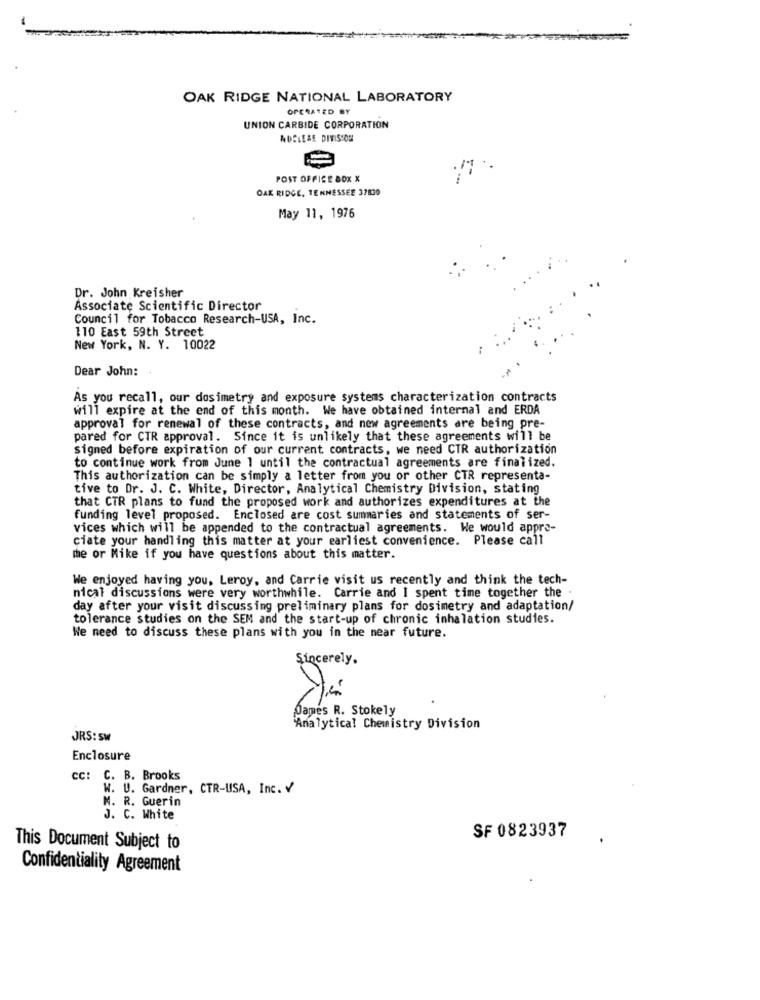
OAK RIDGE NATIONAL LABORATORY
OPERATED BY
UNION CARBIDE CORPORATION
NUCLEAR DIVISION
POST OFFICE BOX X
OAK RIDGE, TENNESSEE 37830
May 11, 1976
Dr. John Kreisher
Associate Scientific Director
Council for Tobacco Research-USA, Inc.
110 East 59th Street
New York, N. Y. 10022
Dear John:
As you recall, our dosimetry and exposure systems characterization contracts
will expire at the end of this month. We have obtained internal and ERDA
approval for renewal of these contracts, and new agreements are being pre-
pared for CTR approval. Since it is unlikely that these agreements will be
signed before expiration of our current contracts, we need CTR authorization
to continue work from June 1 until the contractual agreements are finalized.
This authorization can be simply a letter from you or other CTR representa-
tive to Dr. J. C. White, Director, Analytical Chemistry Division, stating
that CTR plans to fund the proposed work and authorizes expenditures at the
funding level proposed. Enclosed are cost summaries and statements of ser-
vices which will be appended to the contractual agreements. We would appre-
ciate your handling this matter at your earliest convenience. Please call
me or Mike if you have questions about this matter.
We enjoyed having you, Leroy, and Carrie visit us recently and think the tech-
nical discussions were very worthwhile. Carrie and I spent time together the .
day after your visit discussing preliminary plans for dosimetry and adaptation/
tolerance studies on the SEM and the start-up of chronic inhalation studies.
We need to discuss these plans with you in the near future.
Sincerely.
james R. Stokely
Analytical Chemistry Division
JRS: SW
Enclosure
cc: C. B. Brooks
W. U. Gardner, CTR-USA, Inc. V
M. R. Guerin
J. C. White
SF 0823937
This Document Subject to
Confidentiality Agreement